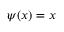
\psi ( x ) = x